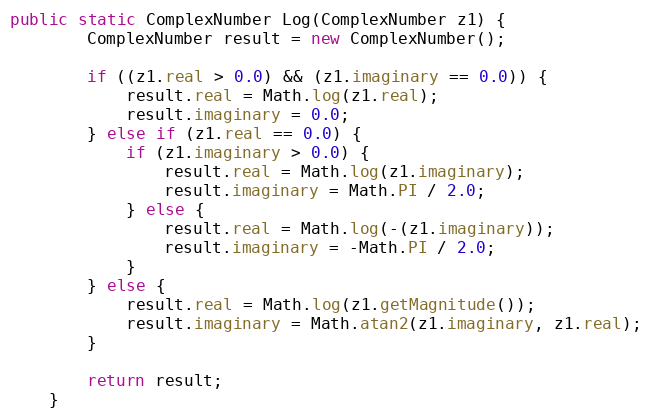
Language: Java
public static ComplexNumber Log(ComplexNumber z1) {
        ComplexNumber result = new ComplexNumber();

        if ((z1.real > 0.0) && (z1.imaginary == 0.0)) {
            result.real = Math.log(z1.real);
            result.imaginary = 0.0;
        } else if (z1.real == 0.0) {
            if (z1.imaginary > 0.0) {
                result.real = Math.log(z1.imaginary);
                result.imaginary = Math.PI / 2.0;
            } else {
                result.real = Math.log(-(z1.imaginary));
                result.imaginary = -Math.PI / 2.0;
            }
        } else {
            result.real = Math.log(z1.getMagnitude());
            result.imaginary = Math.atan2(z1.imaginary, z1.real);
        }

        return result;
    }